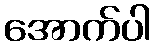
အောက်ပါ